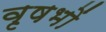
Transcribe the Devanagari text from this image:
वृषभों